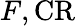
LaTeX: F,{\mathrm{CR}}